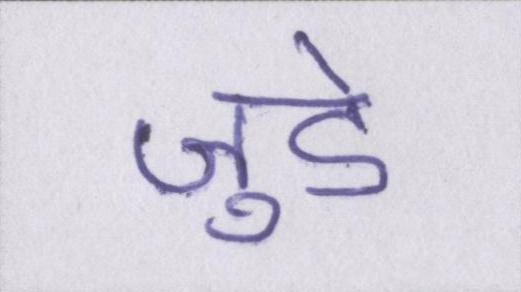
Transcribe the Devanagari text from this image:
जुडे